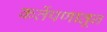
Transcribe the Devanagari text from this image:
कर्तेपणातून